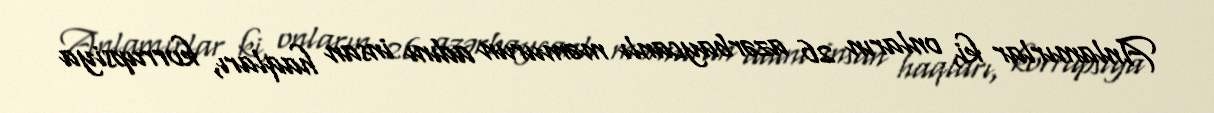
Anlamırlar ki, onların 26 azərbaycanlı məmurun adını insan haqları, korrupsiya